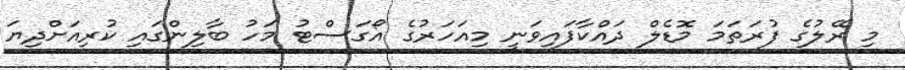
މި ރޭލުގެ ފުރަތަމަ މޮޑެލް ދައްކާފައިވަނީ މިއަހަރުގެ އޯގަސްޓު މަހު ބާލިންގައި ކުރިއަށްދިޔަ